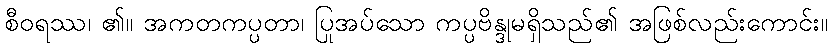
စီဝရဿ၊ ၏။ အကတကပ္ပတာ၊ ပြုအပ်သော ကပ္ပဗိန္ဒုမရှိသည်၏ အဖြစ်လည်းကောင်း။